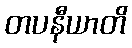
တပနီယာတိ